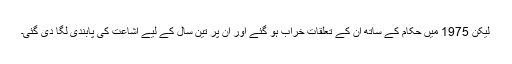
لیکن 1975 میں حکام کے ساتھ ان کے تعلقات خراب ہو گئے اور ان پر تین سال کے لیے اشاعت کی پابندی لگا دی گئی۔